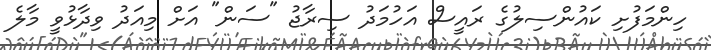
ހިންމަފުށި ކައުންސިލުގެ ރައީސް އަހުމަދު ސިރާޖު "ސަން" އަށް މިއަދު ވިދާޅުވީ މާލެ